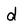
Character: d